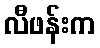
လီဖန်းက